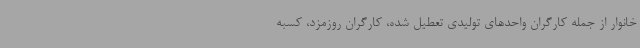
خانوار از جمله کارگران واحدهای تولیدی تعطیل شده، کارگران روزمزد، کسبه